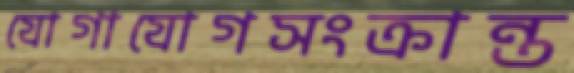
যোগাযোগসংক্রান্ত